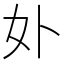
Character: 𭑧